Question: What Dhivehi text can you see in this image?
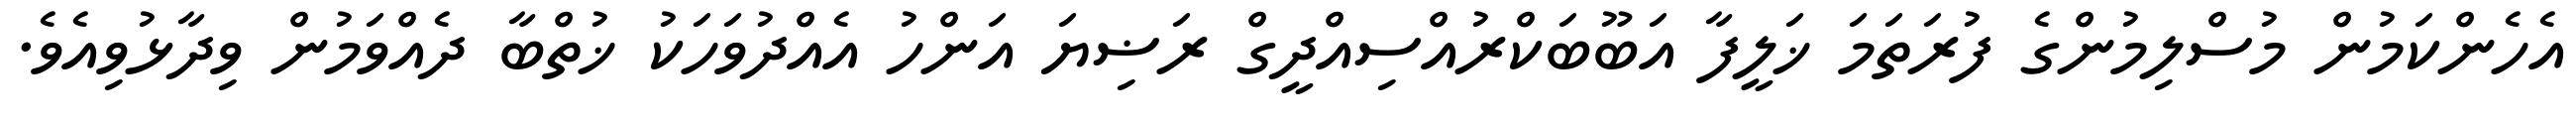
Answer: އެހެންކަމުން މުސްލިމުންގެ ފުރަތަމަ ޚަލީފާ އަބޫބަކްރުއްސިއްދީގް ރަޟިޔަ އަންހު އެއްދުވަހަކު ޚުތްބާ ދެއްވަމުން ވިދާޅުވިއެވެ.